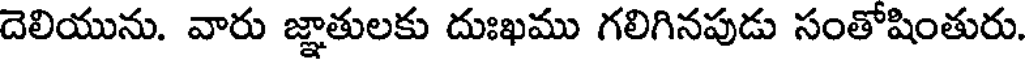
దెలియును. వారు జ్ఞాతులకు దుఃఖము గలిగినపుడు సంతోషింతురు.